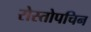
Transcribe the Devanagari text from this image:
रोस्तोपचिन